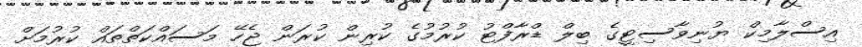
އިސްލާމިކް ޔުނިވާސިޓީގެ ބިލް ޑްރާފްޓު ކުރުމުގެ ކުރިން ކުރަން ޖެހޭ މަސައްކަތްތައް ކުރުމަށް